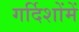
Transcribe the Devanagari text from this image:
गर्दिशोंमें